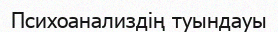
Психоанализдің туындауы